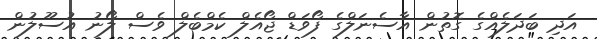
އަދި ބަދަލެއްގެ ގޮތުން އާސެނަލްގެ ފޯވަޑް ޖޯއެލް ކެމްބެލް ވެސް ލޯނު އުސޫލުން